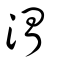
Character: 渭